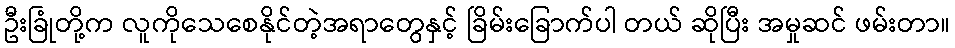
ဦးခြုံတို့က လူကိုသေစေနိုင်တဲ့အရာတွေနှင့် ခြိမ်းခြောက်ပါ တယ် ဆိုပြီး အမှုဆင် ဖမ်းတာ။